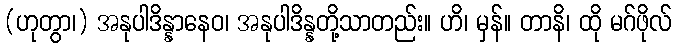
(ဟုတွာ၊) အနုပါဒိန္နာနေဝ၊ အနုပါဒိန္နတို့သာတည်း။ ဟိ၊ မှန်။ တာနိ၊ ထို မဂ်ဖိုလ်